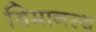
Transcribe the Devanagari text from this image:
विमानस्थ